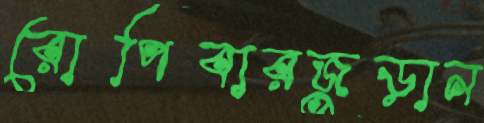
রোপিবারজুড়ান